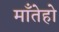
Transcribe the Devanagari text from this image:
माँतेहो